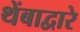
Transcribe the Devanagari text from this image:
थेंबाद्वारे